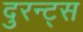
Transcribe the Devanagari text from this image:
दुरन्ट्स